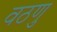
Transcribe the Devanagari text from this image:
वठणु